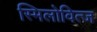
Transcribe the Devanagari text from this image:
स्मिलोवित्ज